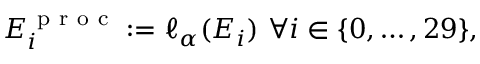
\begin{array} { r } { E _ { i } ^ { \mathrm { ~ p ~ r ~ o ~ c ~ } } : = \ell _ { \alpha } ( E _ { i } ) \ \forall i \in \{ 0 , \dots , 2 9 \} , } \end{array}